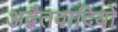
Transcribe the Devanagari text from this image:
अद्वैतवादियों